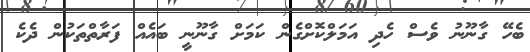
ބެހޭ ގާނޫނު ވެސް ހެދި އަމަލްކޮށްގެން ކަމަށް ގާނޫނީ ބައެއް ފަރާތްތަކުން ދެކެ